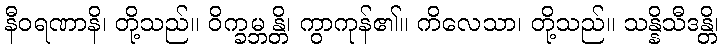
နီဝရဏာနိ၊ တို့သည်။ ဝိက္ခမ္ဘန္တိ၊ ကွာကုန်၏။ ကိလေသာ၊ တို့သည်။ သန္နိသီဒန္တိ၊